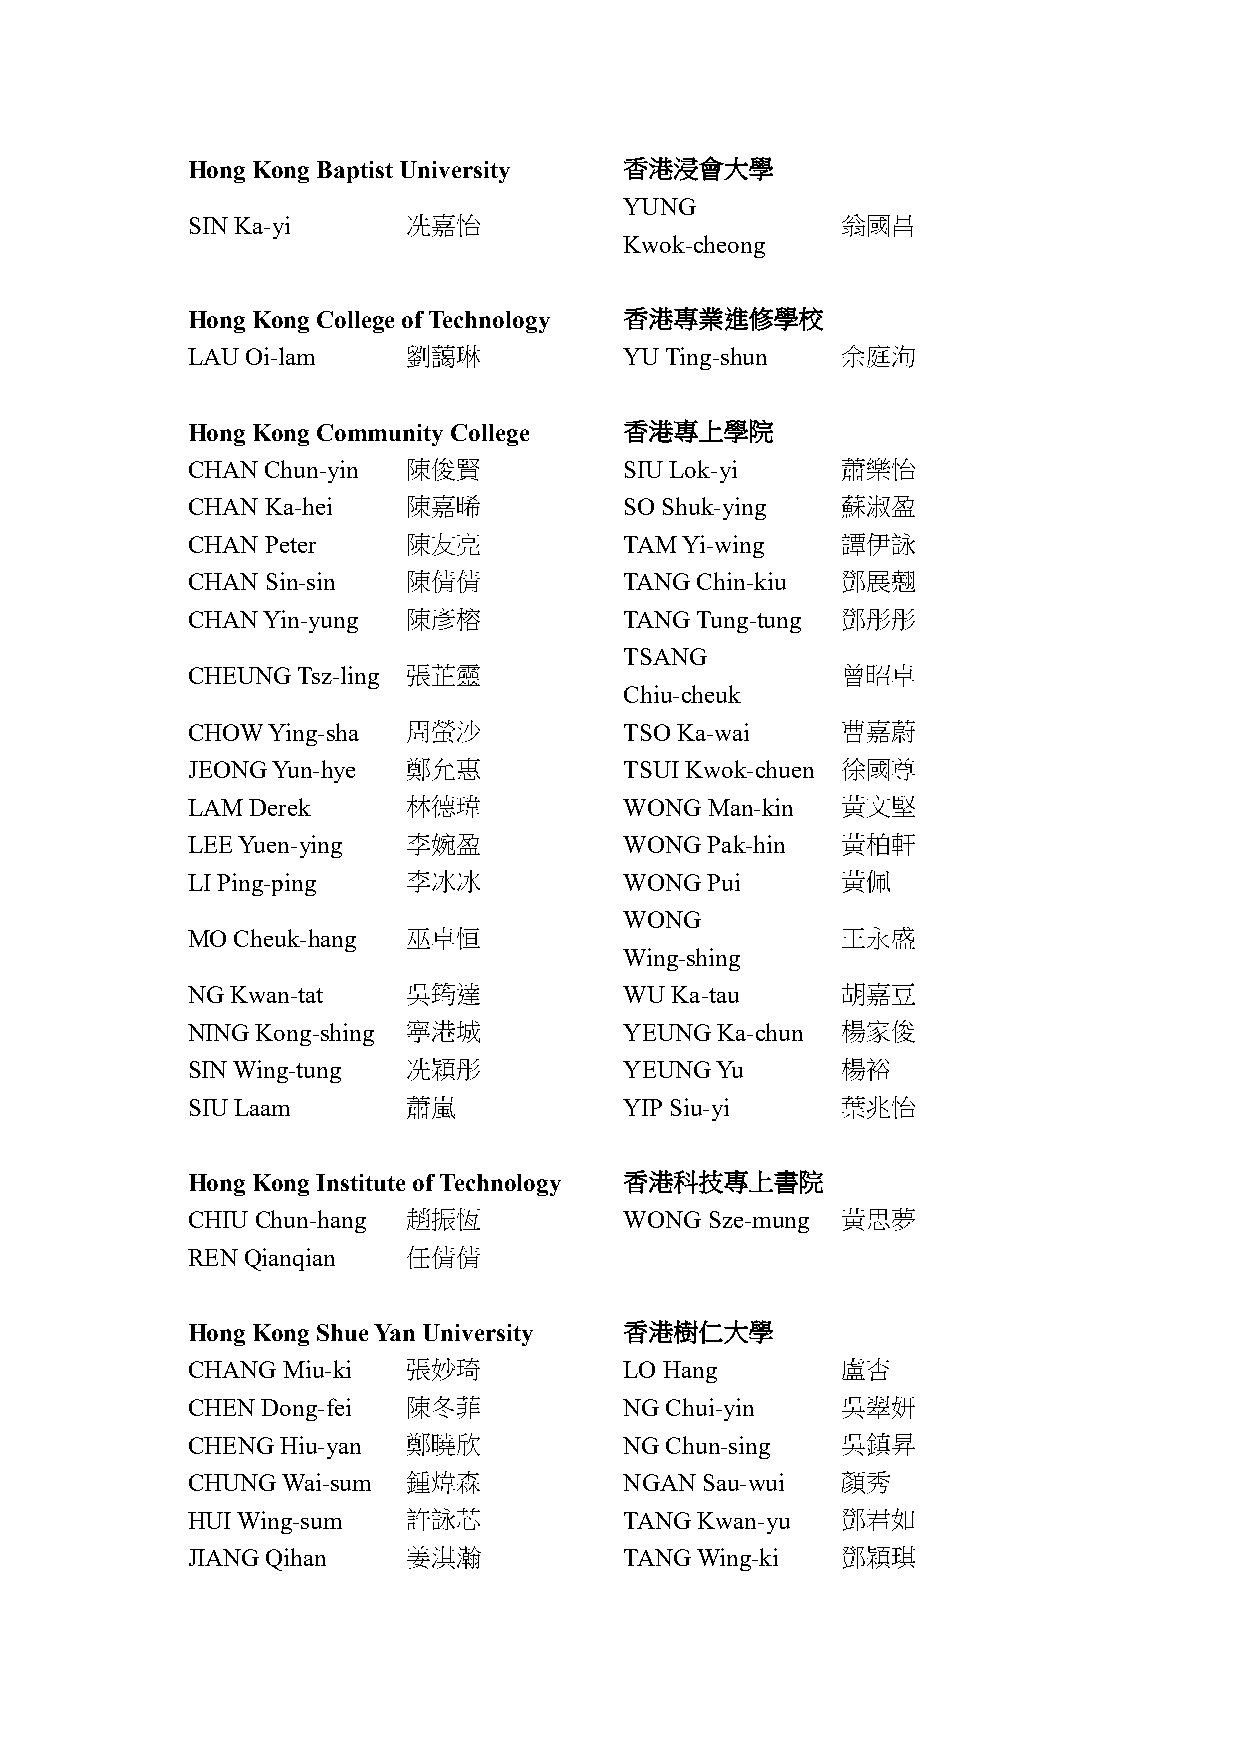
Hong Kong Baptist University 香港浸會大學
 YUNG
 SIN Ka-yi      冼嘉怡                          翁國昌
 Kwok-cheong
 Hong Kong College of Technology 香港專業進修學校
 LAU Oi-lam     劉藹琳           YU Ting-shun   余庭洵
 Hong Kong Community College  香港專上學院
 CHAN  Chun-yin 陳俊賢           SIU Lok-yi     蕭樂怡
 CHAN  Ka-hei   陳嘉晞           SO Shuk-ying   蘇淑盈
 CHAN  Peter    陳友亮           TAM Yi-wing    譚伊詠
 CHAN  Sin-sin  陳倩倩           TANG Chin-kiu  鄧展翹
 CHAN Yin-yung  陳彥榕           TANG Tung-tung 鄧彤彤
 TSANG
 CHEUNG  Tsz-ling 張芷靈                        曾昭卓
 Chiu-cheuk
 CHOW  Ying-sha 周螢沙           TSO Ka-wai     曹嘉蔚
 JEONG Yun-hye  鄭允惠           TSUI Kwok-chuen 徐國尊
 LAM Derek      林德瑋           WONG  Man-kin  黃文堅
 LEE Yuen-ying  李婉盈           WONG  Pak-hin  黃柏軒
 LI Ping-ping   李冰冰           WONG  Pui      黃佩
 WONG
 MO Cheuk-hang  巫卓恒                          王永盛
 Wing-shing
 NG Kwan-tat    吳筠達           WU Ka-tau      胡嘉豆
 NING Kong-shing 寧港城          YEUNG Ka-chun  楊家俊
 SIN Wing-tung  冼穎彤           YEUNG Yu       楊裕
 SIU Laam       蕭嵐            YIP Siu-yi     葉兆怡
 Hong Kong Institute of Technology 香港科技專上書院
 CHIU Chun-hang 趙振恆           WONG  Sze-mung 黃思夢
 REN Qianqian   任倩倩
 Hong Kong Shue Yan University 香港樹仁大學
 CHANG  Miu-ki  張妙琦           LO Hang        盧杏
 CHEN Dong-fei  陳冬菲           NG Chui-yin    吳翠妍
 CHENG  Hiu-yan 鄭曉欣           NG Chun-sing   吳鎮昇
 CHUNG  Wai-sum 鍾煒森           NGAN Sau-wui   顏秀
 HUI Wing-sum   許詠芯           TANG Kwan-yu   鄧君如
 JIANG Qihan    姜淇瀚           TANG Wing-ki   鄧穎琪